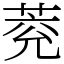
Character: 萒